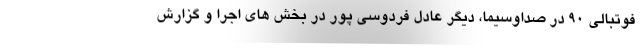
فوتبالی 90 در صداوسیما، دیگر عادل فردوسی پور در بخش های اجرا و گزارش